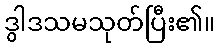
ဒွါဒသမသုတ်ပြီး၏။